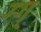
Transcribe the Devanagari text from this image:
ग्ग्